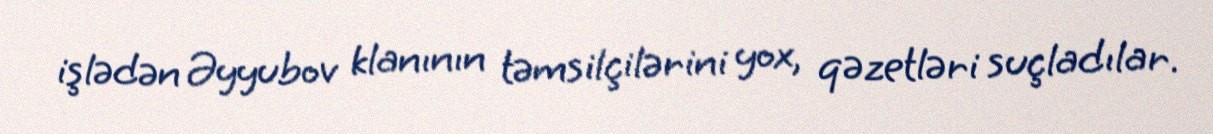
işlədən Əyyubov klanının təmsilçilərini yox, qəzetləri suçladılar.